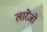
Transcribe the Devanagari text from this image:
लारेंजो